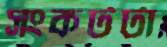
সংকটটা